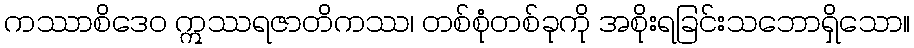
ကဿာစိဒေဝ ဣဿရဇာတိကဿ၊ တစ်စုံတစ်ခုကို အစိုးရခြင်းသဘောရှိသော။